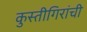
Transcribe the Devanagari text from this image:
कुस्तीगिरांची